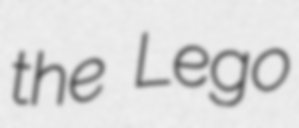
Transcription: the Lego